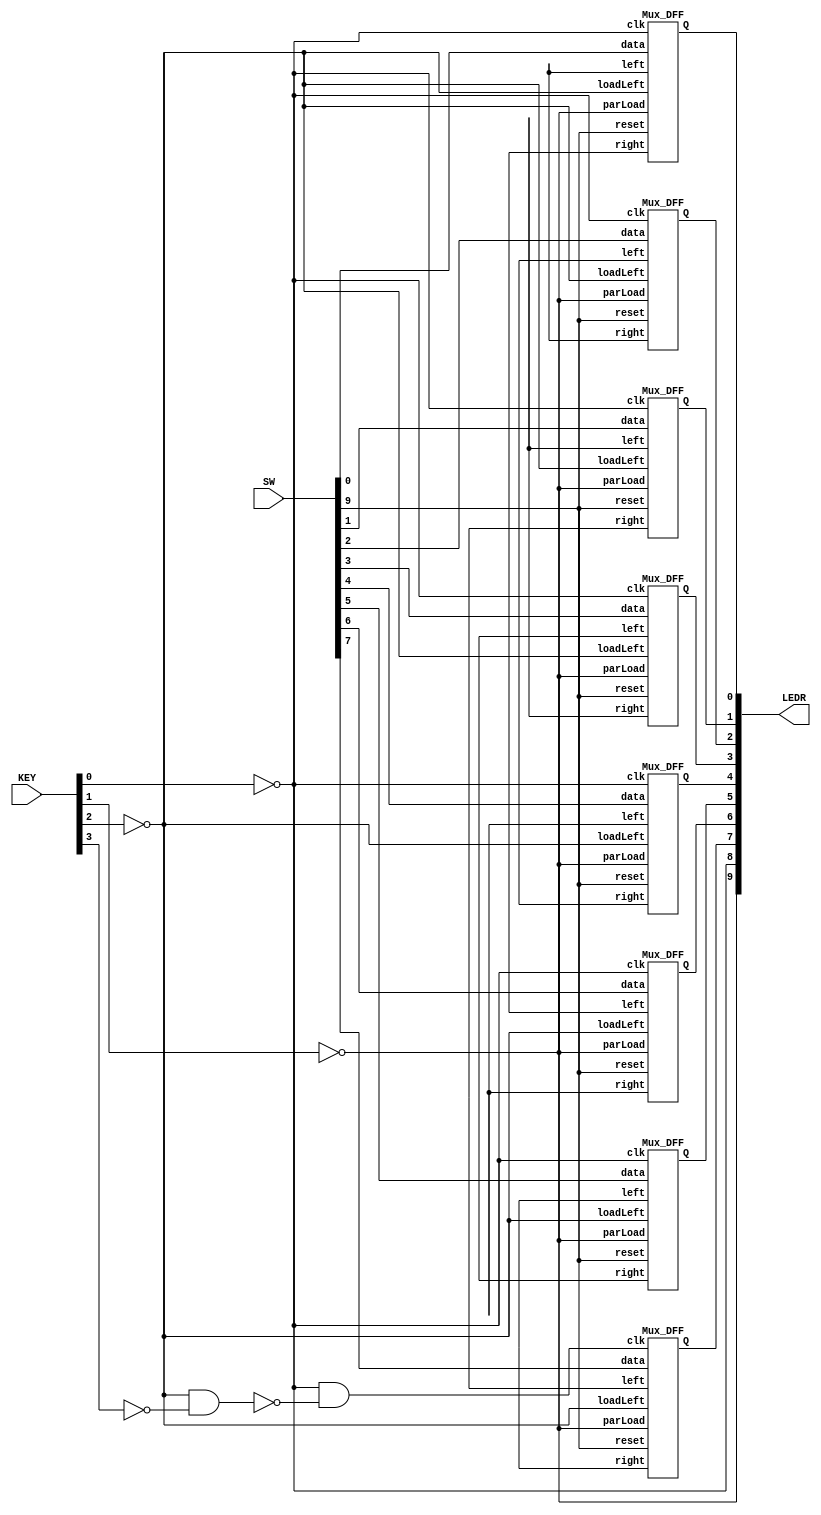
module RotatingReg8b (SW, KEY, LEDR);
	input [9:0] SW;
	input [3:0] KEY;
	output [9:0] LEDR;
	
	wire [7:0] w;
	
	wire [7:0] data, Q;
	wire reset, parLoad, rotRight, ASRight, clk, ASRclk;
	
	assign reset = SW[9];
	assign data[7:0] = SW[7:0];
	assign clk = ~KEY[0];
	assign parLoad = ~KEY[1];
	assign rotRight = ~KEY[2];
	assign ASRight = ~KEY[3];
	assign ASRclk = clk & ~(rotRight & ASRight);
		
	Mux_DFF m0(data[0], parLoad, rotRight, w[7], w[1], clk, reset, Q[0]); 
	Mux_DFF m1(data[1], parLoad, rotRight, w[0], w[2], clk, reset, Q[1]); 
	Mux_DFF m2(data[2], parLoad, rotRight, w[1], w[3], clk, reset, Q[2]); 
	Mux_DFF m3(data[3], parLoad, rotRight, w[2], w[4], clk, reset, Q[3]); 
	Mux_DFF m4(data[4], parLoad, rotRight, w[3], w[5], clk, reset, Q[4]); 
	Mux_DFF m5(data[5], parLoad, rotRight, w[4], w[6], clk, reset, Q[5]); 
	Mux_DFF m6(data[6], parLoad, rotRight, w[5], w[7], clk, reset, Q[6]); 
	Mux_DFF m7(data[7], parLoad, rotRight, w[6], w[0], ASRclk, reset, Q[7]); 
	
	assign LEDR[7:0] = Q[7:0];
	assign LEDR[8] = clk;
	assign LEDR[9] = parLoad;
endmodule
	
	
module Mux_DFF (data, parLoad, loadLeft, right, left, clk, reset, Q);
	input data, parLoad, loadLeft, right, left, clk, reset;
	output Q;
	wire [1:0] w;
	
	Mux2to1 mux0(right, left, loadLeft, w[0]);
	Mux2to1 mux1(Data, w[0], parLoad, w[1]);
	
	DFF ff1(w[1], clk, reset, Q);
endmodule 
	
module Mux2to1 (x, y, s, m);
	input x, y, s;
	output m;
	
	assign m = s ? y : x;
endmodule 


module DFF (data, clk, reset, Q);
	input data, clk, reset;
	output reg Q;
	
	always @(posedge clk)
	begin 
		if (reset == 1)
			Q <= 0;
		else
			Q <= data;
	end
endmodule